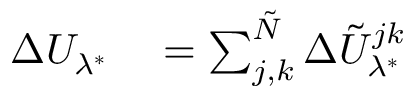
\begin{array} { r l } { \Delta U _ { \lambda ^ { * } } } & { { } = \sum _ { j , k } ^ { \tilde { N } } \Delta \tilde { U } _ { \lambda ^ { * } } ^ { j k } } \end{array}